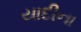
યાદીના